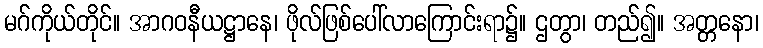
မဂ်ကိုယ်တိုင်။ အာဂဝနီယဋ္ဌာနေ၊ ဖိုလ်ဖြစ်ပေါ်လာကြောင်းရာ၌။ ဌတွာ၊ တည်၍။ အတ္တနော၊